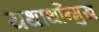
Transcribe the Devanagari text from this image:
यथार्थोंन्मुख